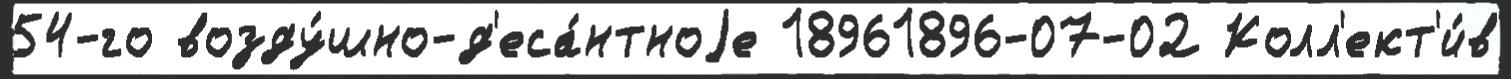
54-го возду́шно-д'еса́нтноjе 18961896-07-02 Колл'ект'и́в